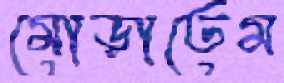
মোড়াতেম